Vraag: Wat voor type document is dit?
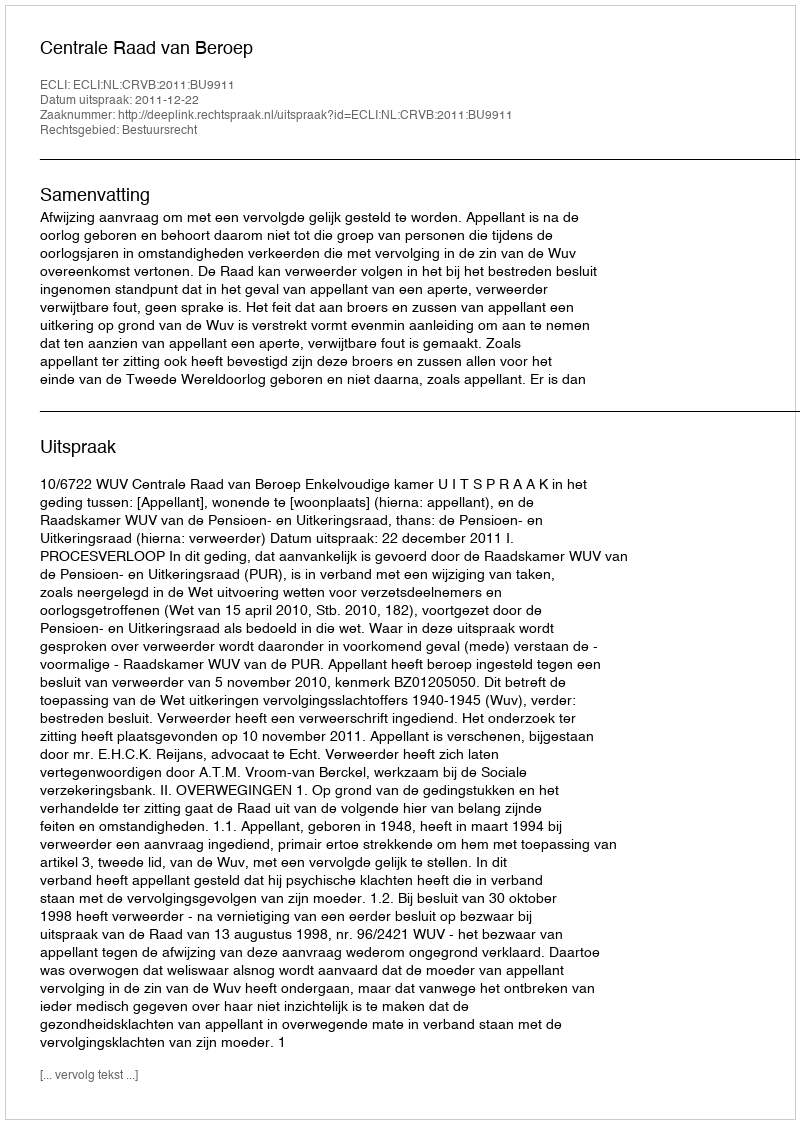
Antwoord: Uitspraak